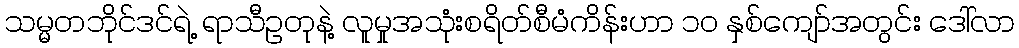
သမ္မတဘိုင်ဒင်ရဲ့ ရာသီဥတုနဲ့ လူမှုအသုံးစရိတ်စီမံကိန်းဟာ ၁၀ နှစ်ကျော်အတွင်း ဒေါ်လာ